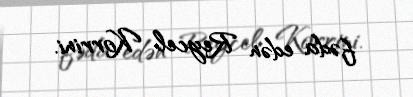
fəda edən Reycel Korrini.